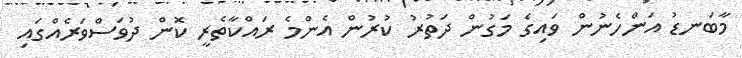
މާބަނޑު އަންހެނުން ވައިގެ މަގުން ދަތުރު ކުރުން އެންމެ ރައްކާތެރީ ކޮން ދުވަސްވަރެއްގައި